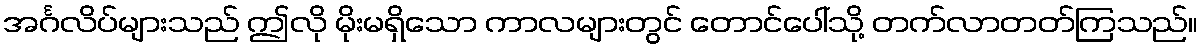
အင်္ဂလိပ်များသည် ဤလို မိုးမရှိသော ကာလများတွင် တောင်ပေါ်သို့ တက်လာတတ်ကြသည်။